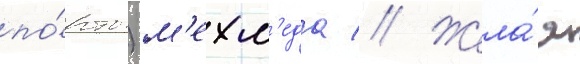
по́рты) м'ехм'еда // Жела́я